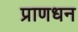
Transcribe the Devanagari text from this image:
प्राणधन